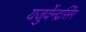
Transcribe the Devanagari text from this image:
यजुर्वेन्द्रसिंग